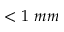
< 1 \ m m